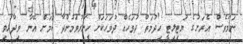
ނަމަވެސް އެރަށުގެ ޔުޓިލިޓީ ހިދުމަތް ދުވަހެއް ދުވަހަކަށް ހީނަރުވަމުންދާ ކަމަށް އޭނާ ވިދާޅުވި